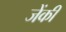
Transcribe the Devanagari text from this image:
जेंकी